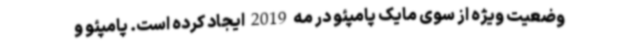
وضعیت ویژه از سوی مایک پامپئو در مه 2019 ایجاد کرده است. پامپئو و